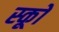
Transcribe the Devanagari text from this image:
स्कूों